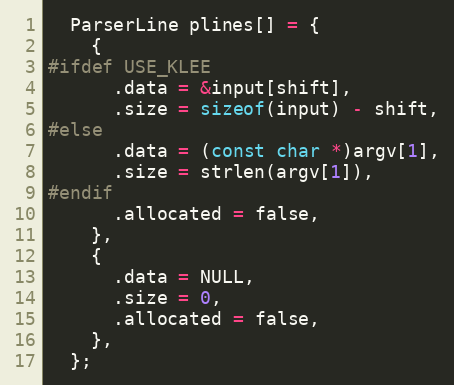
Language: C
  ParserLine plines[] = {
    {
#ifdef USE_KLEE
      .data = &input[shift],
      .size = sizeof(input) - shift,
#else
      .data = (const char *)argv[1],
      .size = strlen(argv[1]),
#endif
      .allocated = false,
    },
    {
      .data = NULL,
      .size = 0,
      .allocated = false,
    },
  };